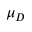
\mu _ { D }